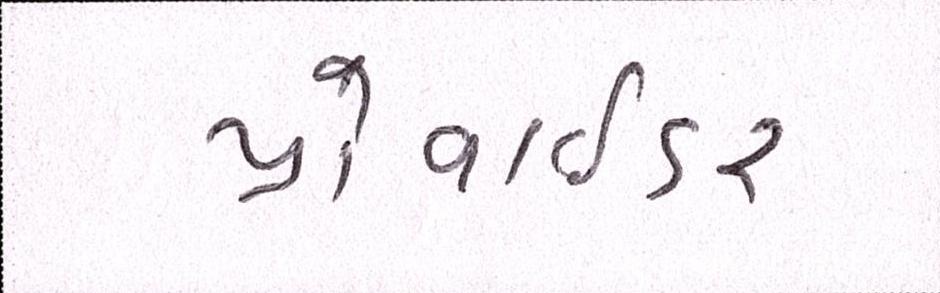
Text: પ્રોવાઇડર